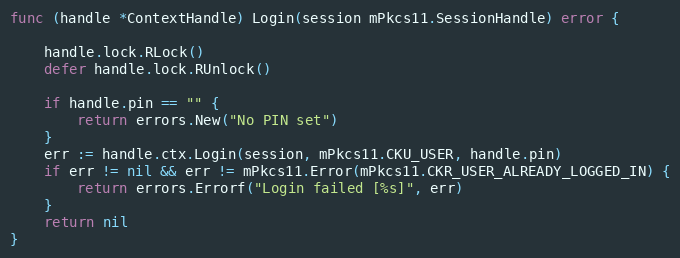
Language: Go
func (handle *ContextHandle) Login(session mPkcs11.SessionHandle) error {

	handle.lock.RLock()
	defer handle.lock.RUnlock()

	if handle.pin == "" {
		return errors.New("No PIN set")
	}
	err := handle.ctx.Login(session, mPkcs11.CKU_USER, handle.pin)
	if err != nil && err != mPkcs11.Error(mPkcs11.CKR_USER_ALREADY_LOGGED_IN) {
		return errors.Errorf("Login failed [%s]", err)
	}
	return nil
}